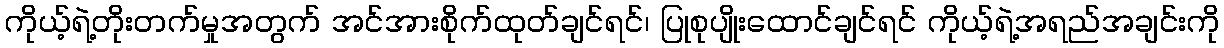
ကိုယ့်ရဲ့တိုးတက်မှုအတွက် အင်အားစိုက်ထုတ်ချင်ရင်၊ ပြုစုပျိုးထောင်ချင်ရင် ကိုယ့်ရဲ့အရည်အချင်းကို